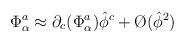
LaTeX: \begin{align*}\Phi_\alpha^a \approx \partial_c(\Phi^a_\alpha)\hat\phi^c + \O (\hat\phi^2)\end{align*}